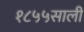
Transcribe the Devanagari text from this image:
१८५५साली